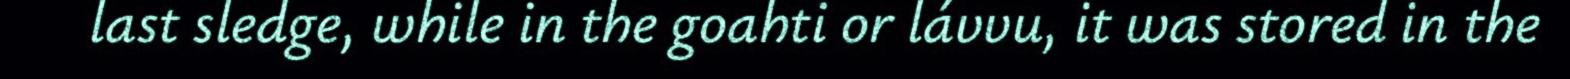
last sledge, while in the goahti or lávvu, it was stored in the